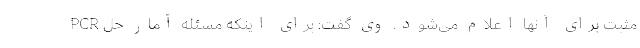
PCR مثبت برای آنها اعلام می‌شود. وی گفت: برای اینکه مسئله آمار حل